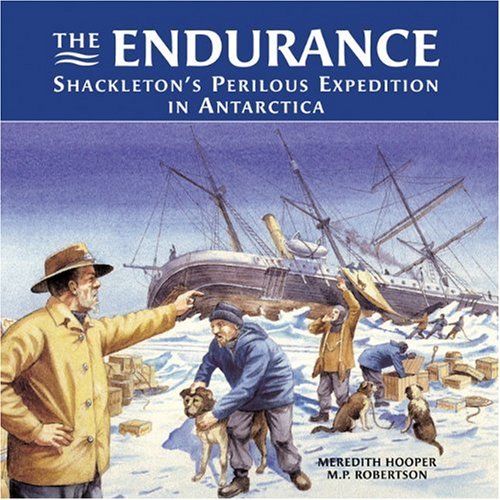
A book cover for The Endurance: Shackleton's Perilous Expedition in Antartica; Meredith Hooper; Travel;